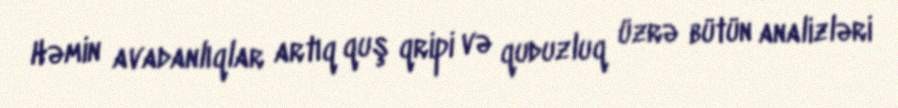
Həmin avadanlıqlar artıq quş qripi və quduzluq üzrə bütün analizləri